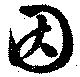
因